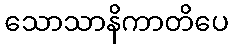
သောသာနိကာတိပေ